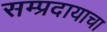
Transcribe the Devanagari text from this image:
सम्प्रदायाचा